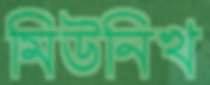
মিউনিখ